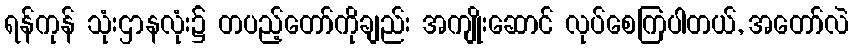
ရန်ကုန် သုံးဌာနလုံး၌ တပည့်တော်ကိုချည်း အကျိုးဆောင် လုပ်စေကြပါတယ်, အတော်လဲ